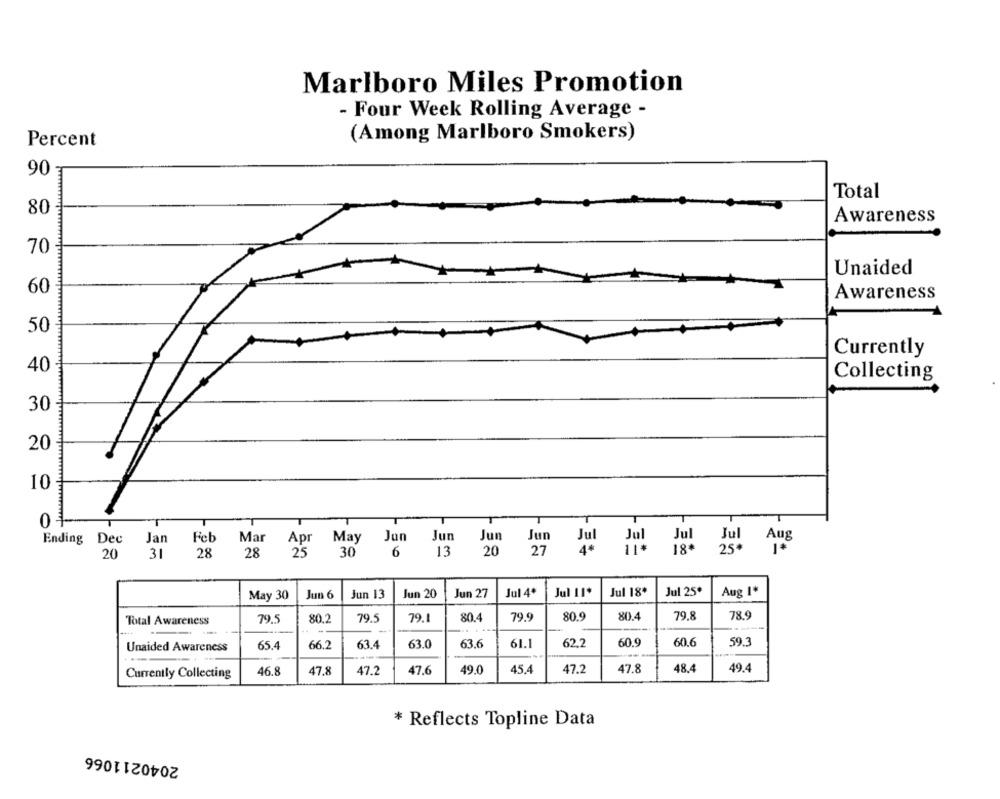
Marlboro Miles Promotion
- Four Week Rolling Average -
(Among Marlboro Smokers)
Percent
90
Total
80
Awareness
70
Unaided
60
Awareness
50
Currently
40
Collecting
30
20
10
Ending Dec
Jan
Feb
Mar
Apr
May
Jun
Jur
Jun
Jun
Jul
Jul
Jul
Jul
Aug
25
30
6
13
20
27
18.
25#
20
31
28
28
Jul 18+
Jul 25º
Aug 1*
May 30
Jun 6
Jun 13
Jun 20
Jun 27
Jul 4º
Jul 11+
79.8
78.9
Total Awareness
79.5
80.2
79.
79.1
80.4
79.
80.9
80.4
Unaided Awareness
65.4
66.2
63.4
63.0
63.6
61.1
62.2
60.9
60.6
59.3
47.8
47.2
47.6
49.0
45.4
47.2
47.8
48.4
49.4
Currently Collecting
46.8
* Reflects Topline Data
2040211066